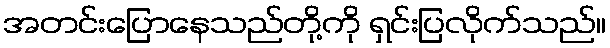
အတင်းပြောနေသည်တို့ကို ရှင်းပြလိုက်သည်။